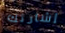
إشارتك